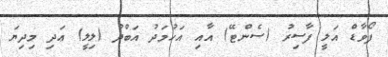
ފޯވާޑް އަލީ ފާސިރު (ސެންޓޭ) އާއި އަހުމަދު އަބްދު (ލިލީ) އަދި މިދިޔަ